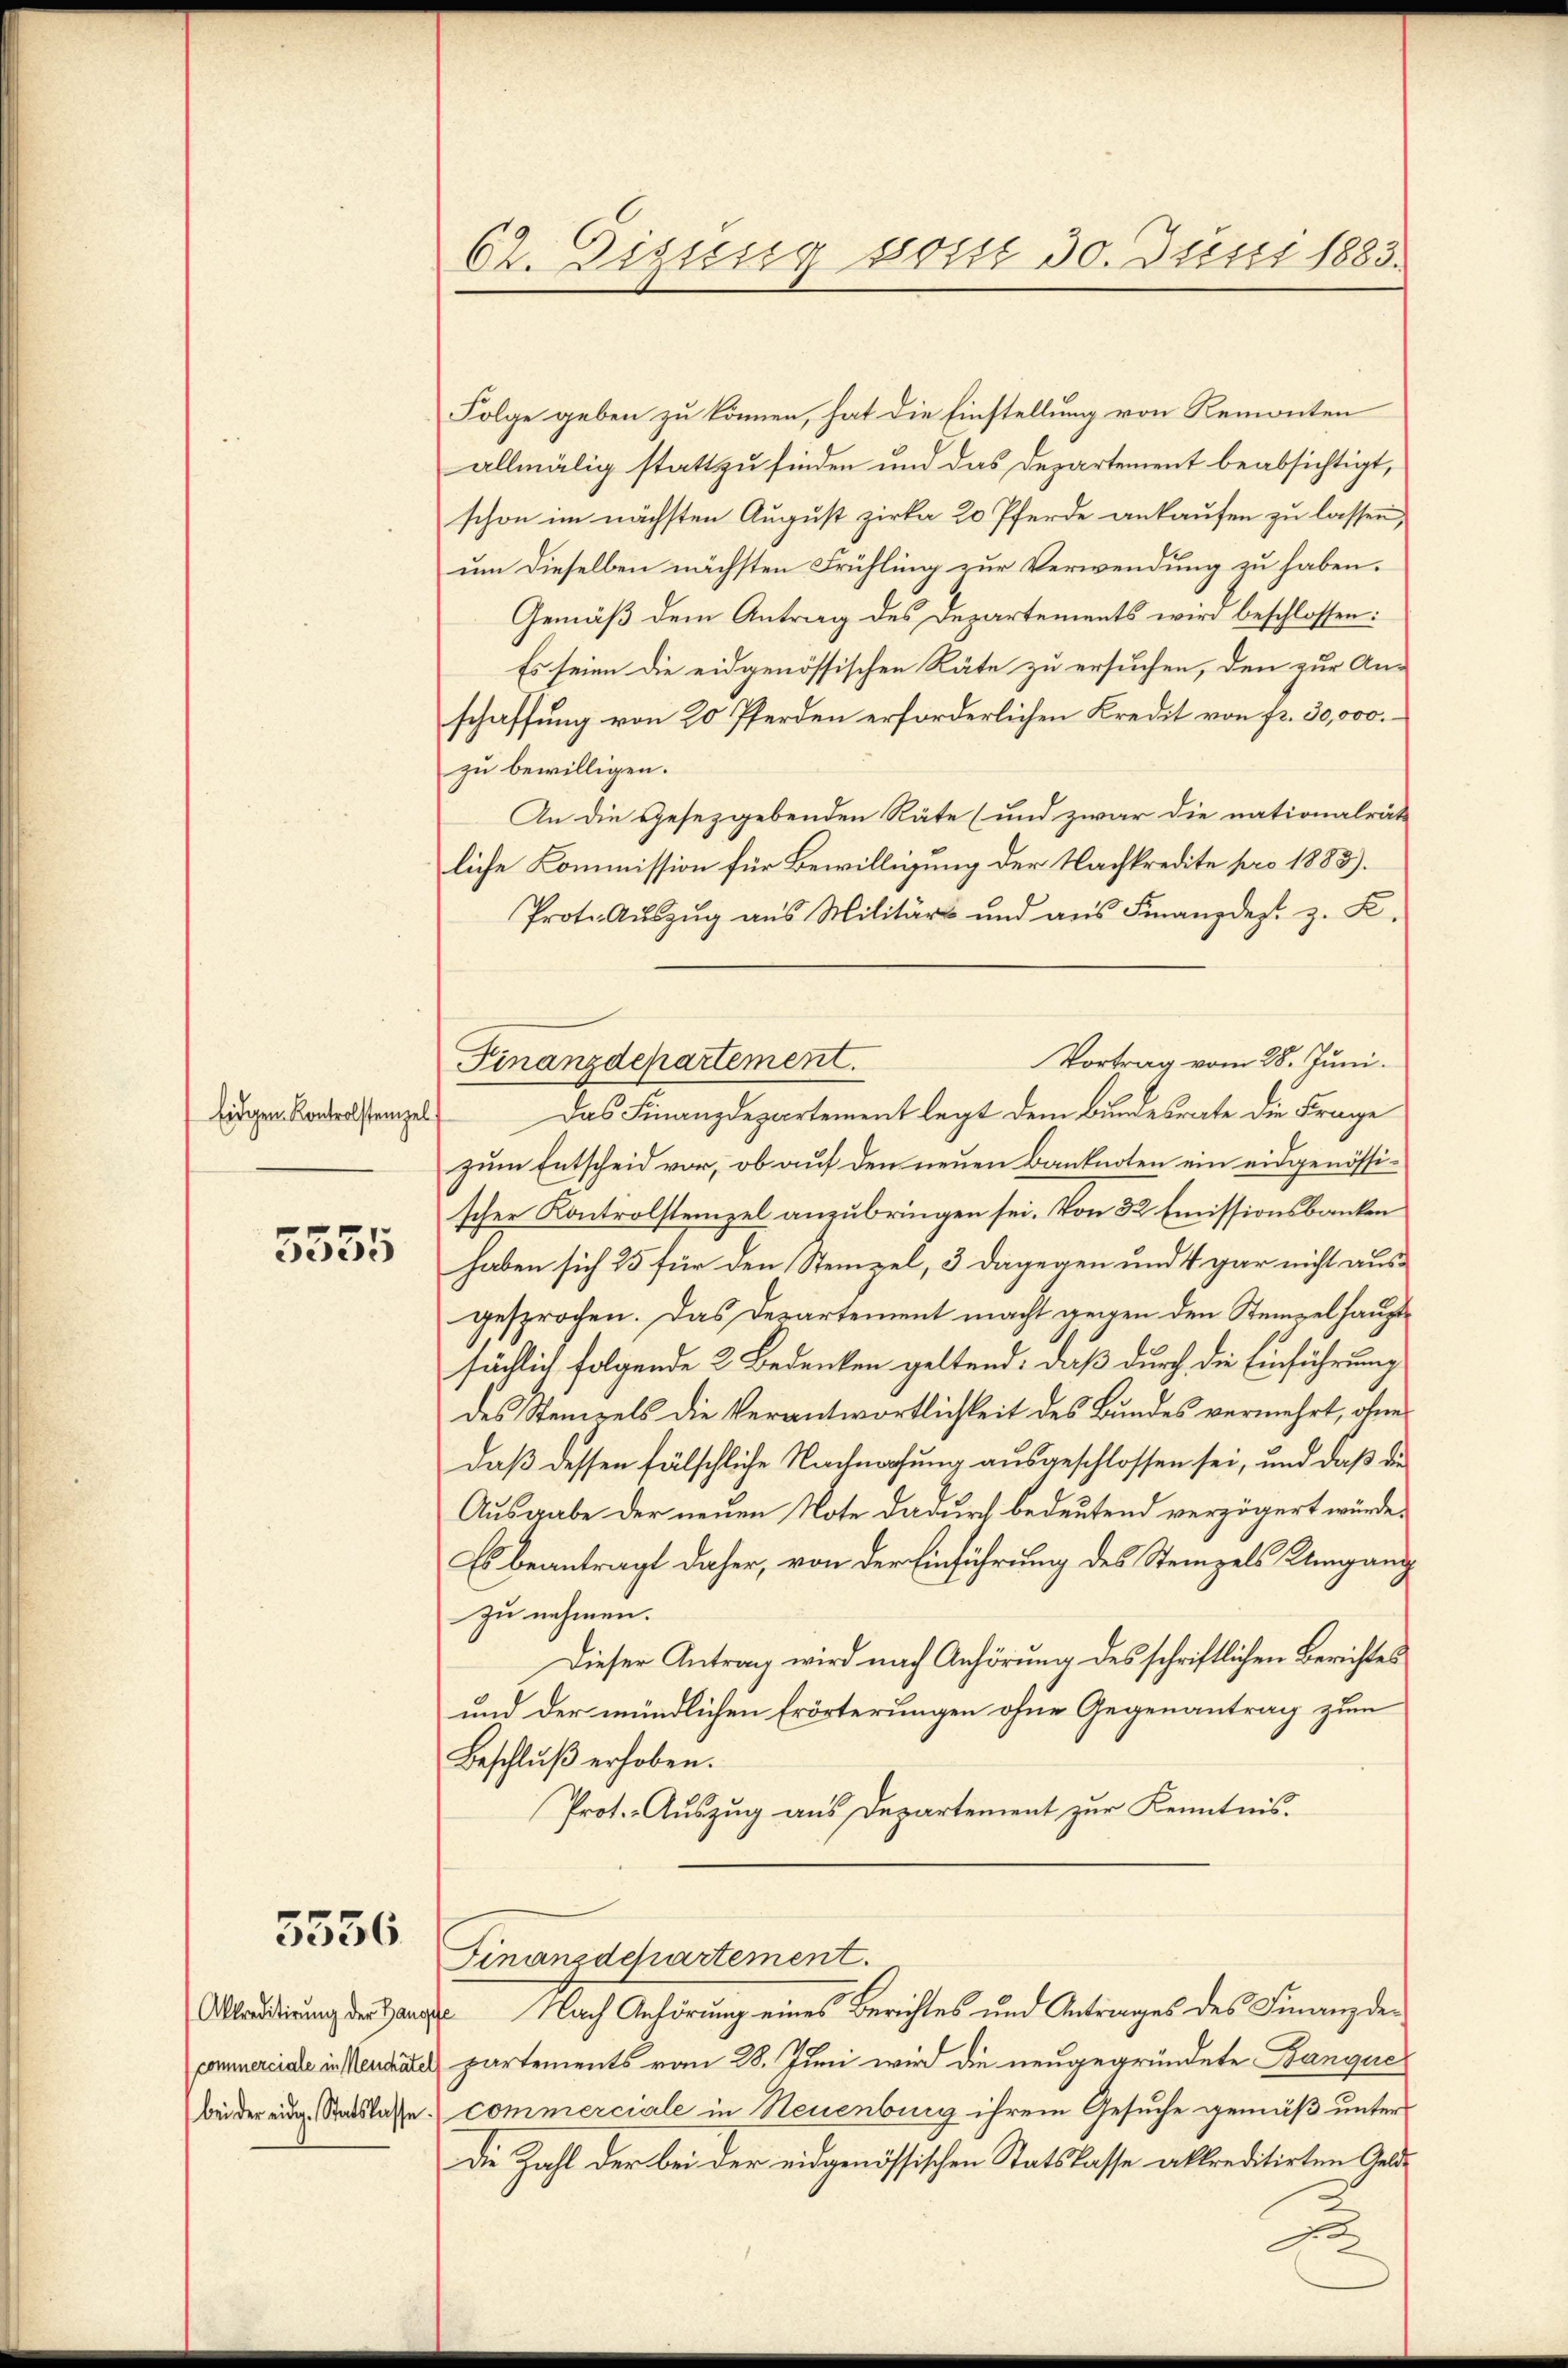
Eidgen. Kontrolsteinzel

5555

5556

62. Eizung somit 30. Juni 1883.

Folge geben zu können, hat die Einstellung von Remonten
allmälig statt zu finden und das Departement beabsichtigt,
schon im nächsten August zirka 20 Pferde ankaufen zu lassen,
um dieselben nächsten Frühling zur Verwendung zu haben.
Gemäß dem Antrag des Departements wird beschlossen:
Es seien die eidgenössischen Räte zu ersuchen, den zur Anschaffung von 20 Pferden erforderlichen Kredit von fr. 30,000.
zu bewilligen.
An die Gesetzgebenden Räte (und zwar die nationalräte
liche Kommission für Bewilligung der Nachkredite pro 1883).
Proto-Aŭszŭg aŭs Militärs und aŭs Finanzdep. z. K.
Vortrag vom 28. Juni.
Das Finanzdepartement legt dem Bundesrate die Frage
zum Entscheid vor, ob auf den neuen Banknoten ein eidgenössischer Kontrolsteinzel anzubringen sei. Von 32 Emissionsbanken
haben sich 25 für den Steinzel, 3 dagegen und 4 gar nicht ausgesprochen. Das Departement macht gegen den Stempelhauptsächlich folgende 2 Bedenken geltend: daß durch die Einführung
des Stempels die Verantwortlichkeit des Bundes vermehrt, ohne
Daß dessen fälschliche Nachmahung ausgeschlossen sei, und daß die
Ausgabe der neuen Note dadurch bedeutend verzögert würde.
Es beantragt daher, von der Einführung des Stempels Umgang
zu nehmen.
Dieser Antrag wird nach Anhörung des schriftlichen Berichtes
und der mündlichen Erörterungen ohne Gegenantrag zum
Beschlŭβ erhoben.
Prot. Auszug aus Departement zur Kenntnis.

Finanzdepartement.

Finanzdepartement.
Abtreidigung der Hause Nach Anhörung eines Berichtes und Antrages des Finanzde

commerciale in Neudales partements vom 28. Juni wird die neugegründete Banque
bei der eg. Ratslasse commerciale in Neuenburg ihrem Gesuche gemäß unter
die Zahl der bei der eidgenössischen Statslasse akkreditirten Geld¬
A